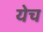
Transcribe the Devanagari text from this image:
येच